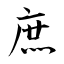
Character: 庶